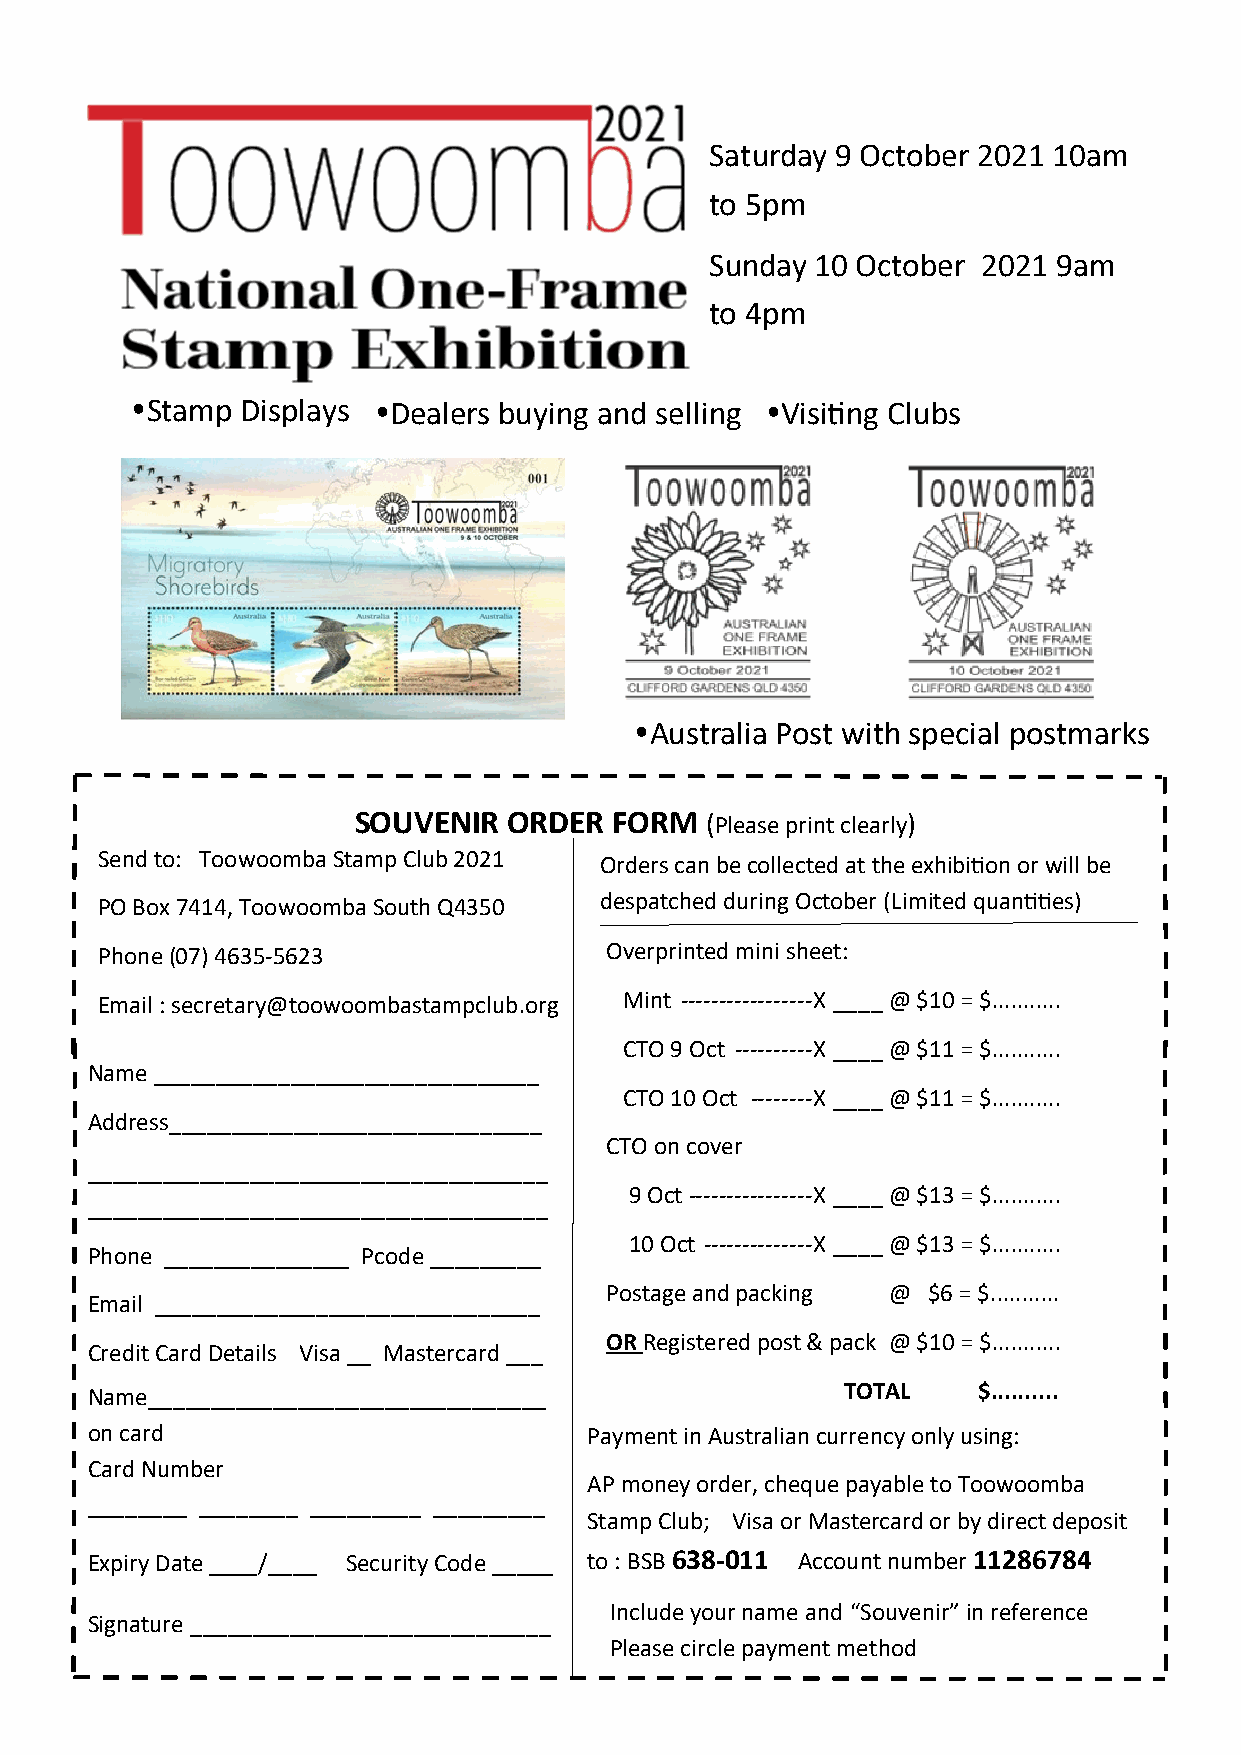
Saturday 9 October 2021 10am
 to 5pm
 Sunday 10 October 2021 9am
 to 4pm
 Stamp Displays Dealers buying and selling Visiting Clubs
 Australia Post with special postmarks
 SOUVENIR   ORDER  FORM  (Please print clearly)
 Send to: Toowoomba Stamp Club 2021 Orders can be collected at the exhibition or will be
 PO Box 7414, Toowoomba South Q4350 despatched during October (Limited quantities)
 Phone (07) 4635-5623              Overprinted mini sheet:
 Email : secretary@toowoombastampclub.org Mint -----------------X ____ @ $10 = $...........
 CTO 9 Oct ----------X ____ @ $11 = $...........
 Name _______________________________
 CTO 10 Oct --------X ____ @ $11 = $...........
 Address______________________________
 CTO on cover
 _____________________________________
 9 Oct ----------------X ____ @ $13 = $...........
 _____________________________________
 10 Oct --------------X ____ @ $13 = $...........
 Phone _______________ Pcode _________
 Postage and packing @ $6 = $...........
 Email _______________________________
 OR Registered post & pack @ $10 = $...........
 Credit Card Details Visa __ Mastercard ___
 Name________________________________              TOTAL    $..........
 on card                          Payment in Australian currency only using:
 Card Number
 AP money order, cheque payable to Toowoomba
 ________ ________ _________ _________
 Stamp Club; Visa or Mastercard or by direct deposit
 Expiry Date ____/____ Security Code _____ to : BSB 638-011 Account number 11286784
 Include your name and “Souvenir” in reference
 Signature _____________________________
 Please circle payment method